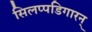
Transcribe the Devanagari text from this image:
सिलप्पडिगारन्